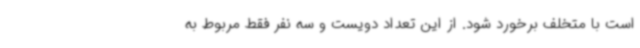
است با متخلف برخورد شود. از این تعداد دویست و سه نفر فقط مربوط به